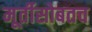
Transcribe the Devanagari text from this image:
मूर्तीसोबतच